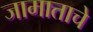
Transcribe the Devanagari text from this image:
जामाताचे